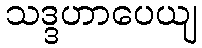
သဒ္ဒဟာပေယျ